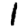
Digit: 1